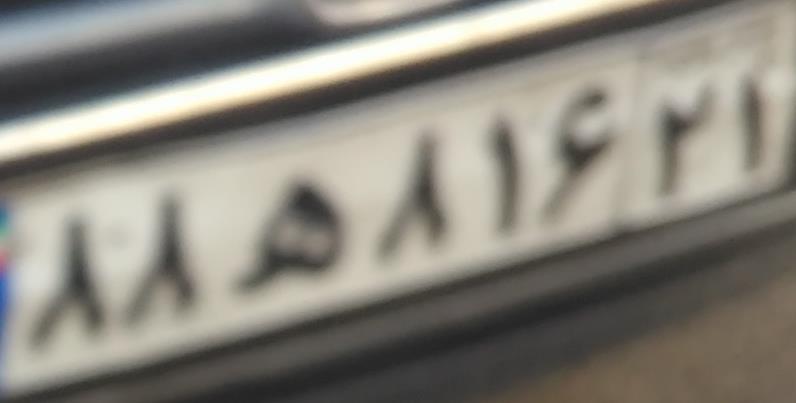
۸۸ه۸۱۶۲۱